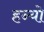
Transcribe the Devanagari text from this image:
हन्‍यो